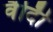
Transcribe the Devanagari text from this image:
वैदीि